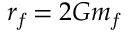
r _ { \it f } = 2 G m _ { \it f }